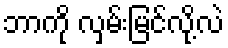
ဘာကို လှမ်းမြင်လို့လဲ